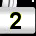
Digit: 2